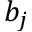
b _ { j }